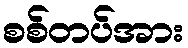
စစ်တပ်အား